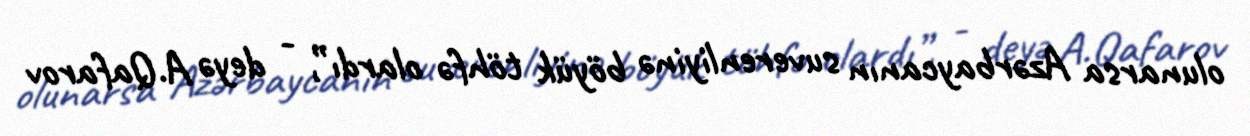
olunarsa Azərbaycanın suverenliyinə böyük töhfə olardı”, - deyə A.Qafarov